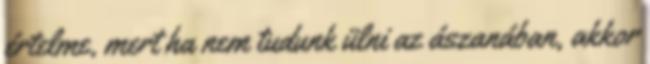
értelme, mert ha nem tudunk ülni az ászanában, akkor